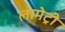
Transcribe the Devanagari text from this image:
लामेट्री